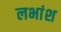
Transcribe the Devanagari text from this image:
लभांश